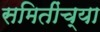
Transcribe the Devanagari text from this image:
समितींच्या